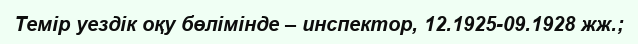
Темір уездік оқу бөлімінде – инспектор, 12.1925-09.1928 жж.;